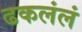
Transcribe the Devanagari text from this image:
ढकलंलं